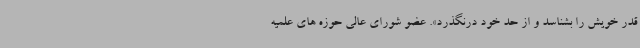
قدر خویش را بشناسد و از حد خود درنگذرد». عضو شورای عالی حوزه های علمیه